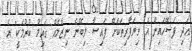
އަދި ފަސޭހައިން އެ ވިޔަފާރިތަކަށް ފައިސާ ލިބޭނެ ނިޒާމެއް ގައިމު ކުރުމަކީ" އެ